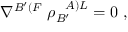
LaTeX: \nabla ^ { B ^ { \prime } ( F } \; \rho _ { B ^ { \prime } } ^ { \; \; \; A ) L } = 0 \; ,